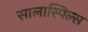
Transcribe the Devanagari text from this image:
सालास्पिल्स